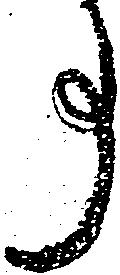
事